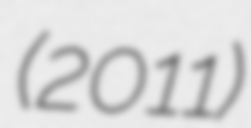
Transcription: (2011)